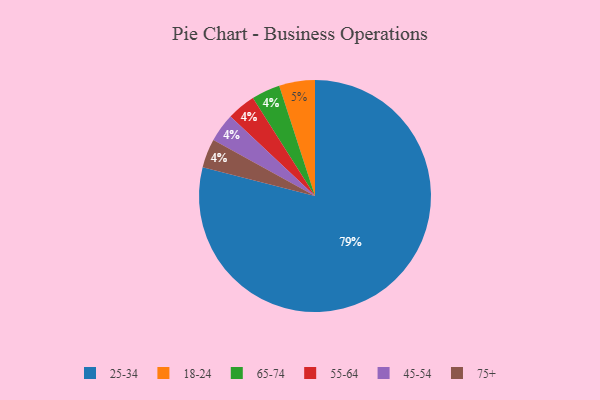
{"axis": {"x": "Category", "y": "Percentage"}, "legend": ["18-24", "25-34", "45-54", "55-64", "65-74", "75+"], "data": [{"x": "65-74", "y": 4, "type": "65-74"}, {"x": "25-34", "y": 79, "type": "25-34"}, {"x": "55-64", "y": 4, "type": "55-64"}, {"x": "45-54", "y": 4, "type": "45-54"}, {"x": "18-24", "y": 5, "type": "18-24"}, {"x": "75+", "y": 4, "type": "75+"}]}